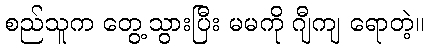
စည်သူက တွေ့သွားပြီး မမကို ဂျီကျ ရောတဲ့။